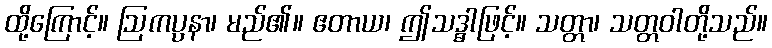
ထို့ကြောင့်။ ဩကပ္ပနာ၊ မည်၏။ ဧတာယ၊ ဤသဒ္ဓါဖြင့်။ သတ္တာ၊ သတ္တဝါတို့သည်။